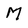
Character: M